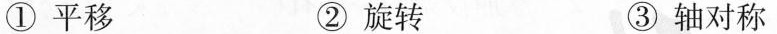
①平移 ②旋转 ③轴对称